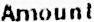
AMOUNT